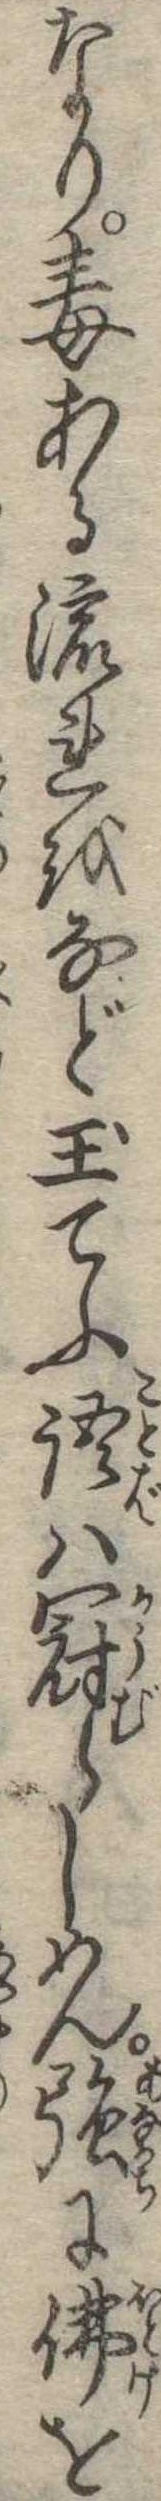
なり毒ある流れをなど玉てふ語は冠らしめん強に仏を